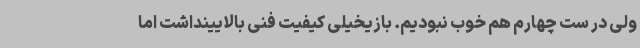
ولی در ست چهارم هم خوب نبودیم. بازیخیلی کیفیت فنی بالایینداشت اما